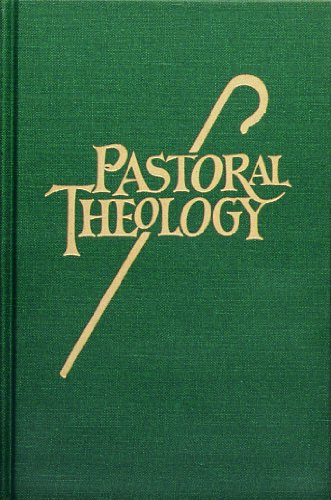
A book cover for Pastoral Theology; Norbert H. Mueller; Christian Books & Bibles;